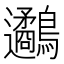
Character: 𪈄